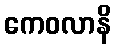
ကေဝလာနိ